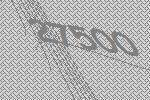
27500